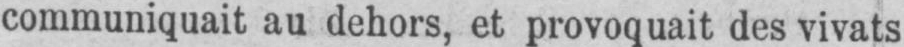
communiquait au dehors, et provoquait des vivats